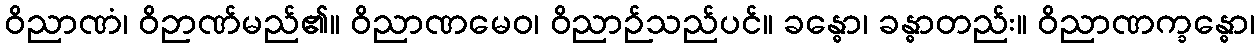
ဝိညာဏံ၊ ဝိဉာဏ်မည်၏။ ဝိညာဏမေဝ၊ ဝိညာဉ်သည်ပင်။ ခန္ဓော၊ ခန္ဓာတည်း။ ဝိညာဏက္ခန္ဓော၊